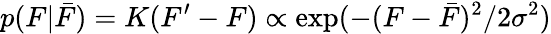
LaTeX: p(F|\bar{F})=K(F^{\prime}-F)\propto\exp(-(F-\bar{F})^{2}/2\sigma^{2})